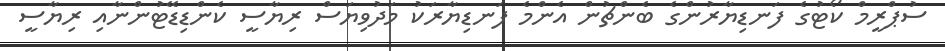
ސުޕްރީމް ކޯޓުގެ ފަނޑިޔާރުންގެ ބެންޗުން އެންމެ ފަނޑިޔާރަކު މަދުވިޔަސް ރިޔާސީ ކެންޑިޑޭޓުންނާއި ރިޔާސީ